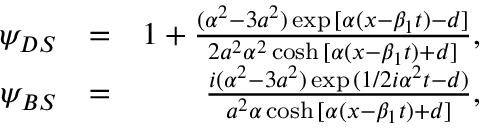
\begin{array} { r l r } { \psi _ { D S } } & { = } & { 1 + \frac { ( \alpha ^ { 2 } - 3 a ^ { 2 } ) \exp { [ \alpha ( x - \beta _ { 1 } t ) - d ] } } { 2 a ^ { 2 } \alpha ^ { 2 } \cosh { [ \alpha ( x - \beta _ { 1 } t ) + d ] } } , } \\ { \psi _ { B S } } & { = } & { \frac { i ( \alpha ^ { 2 } - 3 a ^ { 2 } ) \exp { ( 1 / 2 i \alpha ^ { 2 } t - d ) } } { a ^ { 2 } \alpha \cosh { [ \alpha ( x - \beta _ { 1 } t ) + d ] } } , } \end{array}